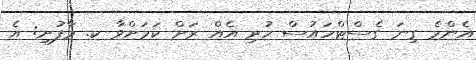
އެންމެ ގިނަ ގެސްޓްހައުސް ހުރި އެއް ރަށް ކަމަށްވާ ކ. މާފުށި: އެ